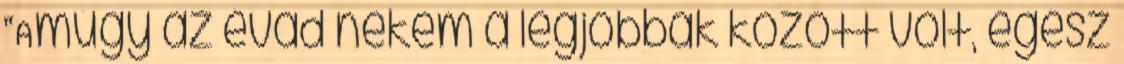
“Amúgy az évad nekem a legjobbak között volt, egész